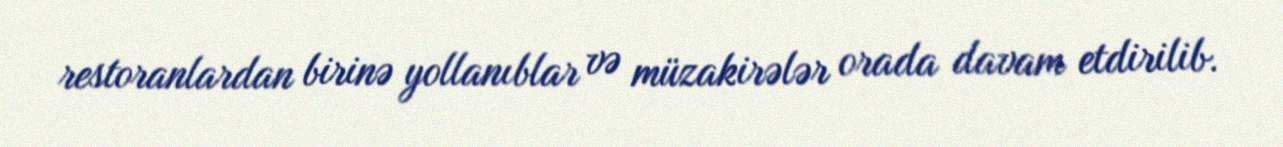
restoranlardan birinə yollanıblar və müzakirələr orada davam etdirilib.